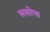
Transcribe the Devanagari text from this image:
ससोपा